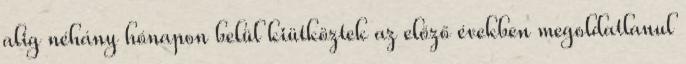
alig néhány hónapon belül kiütköztek az előző években megoldatlanul